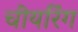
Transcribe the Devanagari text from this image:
चीयरिंग